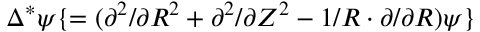
\Delta ^ { * } \boldsymbol { \psi } \{ = ( \partial ^ { 2 } / \partial R ^ { 2 } + \partial ^ { 2 } / \partial Z ^ { 2 } - 1 / \boldsymbol { R } \cdot \partial / \partial R ) \boldsymbol { \psi } \}